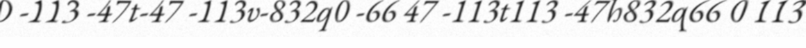
0 -113 -47t-47 -113v-832q0 -66 47 -113t113 -47h832q66 0 113